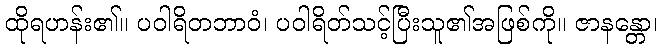
ထိုရဟန်း၏။ ပဝါရိတဘာဝံ၊ ပဝါရိတ်သင့်ပြီးသူ၏အဖြစ်ကို။ ဇာနန္တော၊